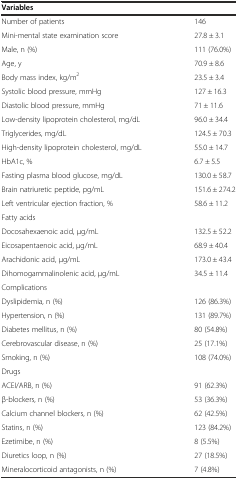
<table><thead><tr><td><b>Variables</b></td><td></td></tr></thead><tbody><tr><td>Number of patients</td><td>146</td></tr><tr><td>Mini-mental state examination score</td><td>27.8 ± 3.1</td></tr><tr><td>Male, n (%)</td><td>111 (76.0%)</td></tr><tr><td>Age, y</td><td>70.9 ± 8.6</td></tr><tr><td>Body mass index, kg/m<sup>2</sup></td><td>23.5 ± 3.4</td></tr><tr><td>Systolic blood pressure, mmHg</td><td>127 ± 16.3</td></tr><tr><td>Diastolic blood pressure, mmHg</td><td>71 ± 11.6</td></tr><tr><td>Low-density lipoprotein cholesterol, mg/dL</td><td>96.0 ± 34.4</td></tr><tr><td>Triglycerides, mg/dL</td><td>124.5 ± 70.3</td></tr><tr><td>High-density lipoprotein cholesterol, mg/dL</td><td>55.0 ± 14.7</td></tr><tr><td>HbA1c, %</td><td>6.7 ± 5.5</td></tr><tr><td>Fasting plasma blood glucose, mg/dL</td><td>130.0 ± 58.7</td></tr><tr><td>Brain natriuretic peptide, pg/mL</td><td>151.6 ± 274.2</td></tr><tr><td>Left ventricular ejection fraction, %</td><td>58.6 ± 11.2</td></tr><tr><td>Fatty acids</td><td></td></tr><tr><td>Docosahexaenoic acid, μg/mL</td><td>132.5 ± 52.2</td></tr><tr><td>Eicosapentaenoic acid, μg/mL</td><td>68.9 ± 40.4</td></tr><tr><td>Arachidonic acid, μg/mL</td><td>173.0 ± 43.4</td></tr><tr><td>Dihomogammalinolenic acid, μg/mL</td><td>34.5 ± 11.4</td></tr><tr><td>Complications</td><td></td></tr><tr><td>Dyslipidemia, n (%)</td><td>126 (86.3%)</td></tr><tr><td>Hypertension, n (%)</td><td>131 (89.7%)</td></tr><tr><td>Diabetes mellitus, n (%)</td><td>80 (54.8%)</td></tr><tr><td>Cerebrovascular disease, n (%)</td><td>25 (17.1%)</td></tr><tr><td>Smoking, n (%)</td><td>108 (74.0%)</td></tr><tr><td>Drugs</td><td></td></tr><tr><td>ACEI/ARB, n (%)</td><td>91 (62.3%)</td></tr><tr><td>β-blockers, n (%)</td><td>53 (36.3%)</td></tr><tr><td>Calcium channel blockers, n (%)</td><td>62 (42.5%)</td></tr><tr><td>Statins, n (%)</td><td>123 (84.2%)</td></tr><tr><td>Ezetimibe, n (%)</td><td>8 (5.5%)</td></tr><tr><td>Diuretics loop, n (%)</td><td>27 (18.5%)</td></tr><tr><td>Mineralocorticoid antagonists, n (%)</td><td>7 (4.8%)</td></tr></tbody></table>